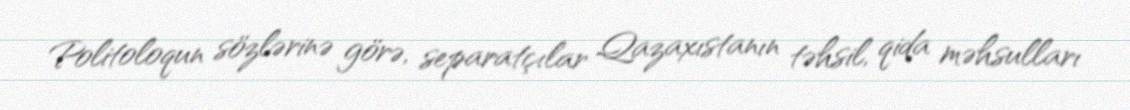
Politoloqun sözlərinə görə, separatçılar Qazaxıstanın təhsil, qida məhsulları